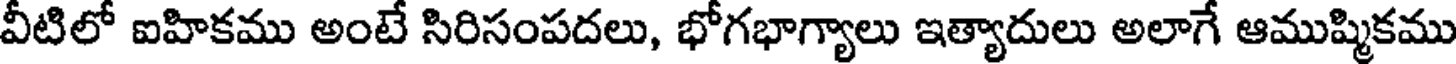
వీటిలో ఐహికము అంటే సిరిసంపదలు, భోగభాగ్యాలు ఇత్యాదులు అలాగే ఆముష్మికము